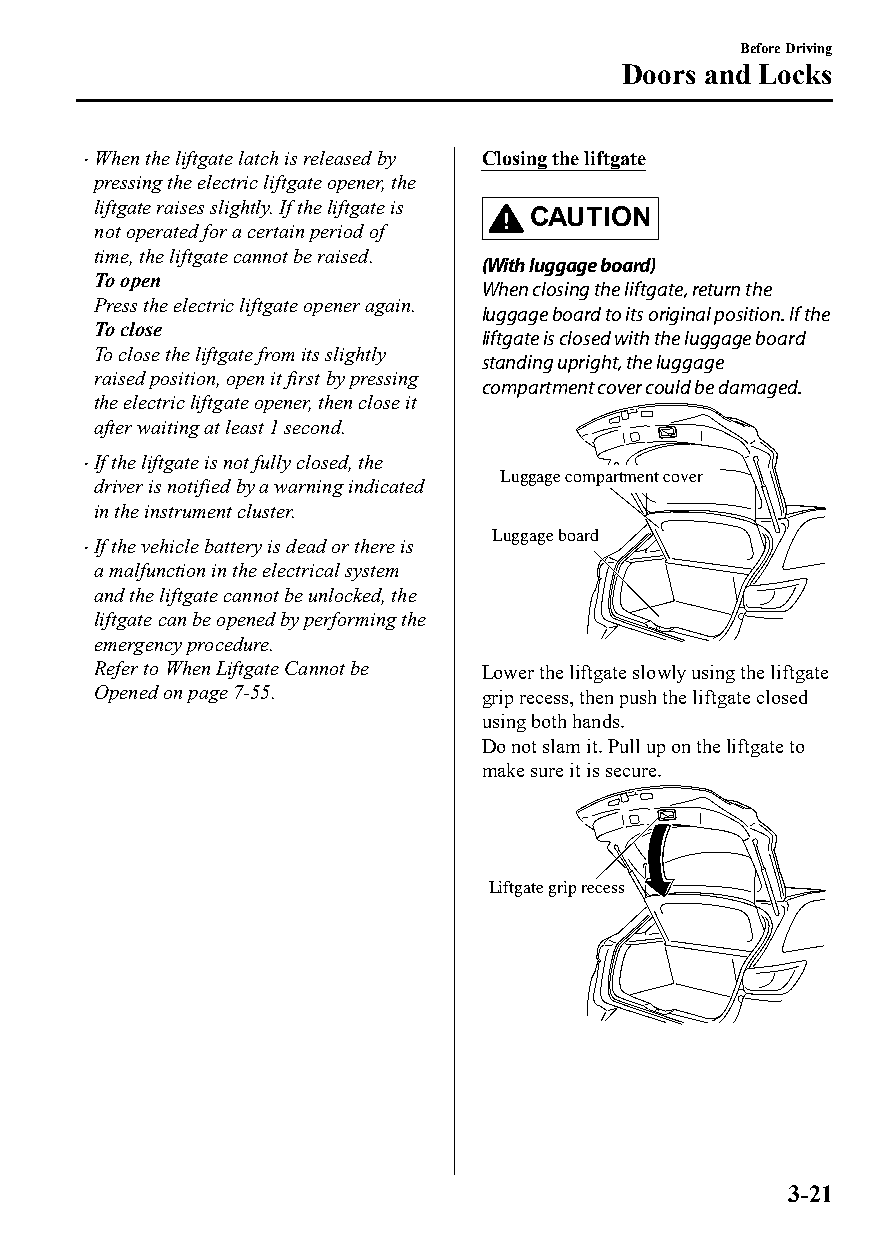
Before Driving
 Doors and Locks
 When the liftgate latch is released by Closing the liftgate
 
 pressing the electric liftgate opener, the
 liftgate raises slightly. If the liftgate is
 CAUTION
 not operated for a certain period of
 time, the liftgate cannot be raised.
 (With luggage board)
 To open
 When closing the liftgate, return the
 Press the electric liftgate opener again.
 luggage board to its original position. If the
 To close
 liftgate is closed with the luggage board
 To close the liftgate from its slightly
 standing upright, the luggage
 raised position, open it first by pressing
 compartment cover could be damaged.
 the electric liftgate opener, then close it
 after waiting at least 1 second.
 If the liftgate is not fully closed, the
 
 Luggage compartment cover
 driver is notified by a warning indicated
 in the instrument cluster.
 Luggage board
 If the vehicle battery is dead or there is
 
 a malfunction in the electrical system
 and the liftgate cannot be unlocked, the
 liftgate can be opened by performing the
 emergency procedure.
 Refer to When Liftgate Cannot be Lower the liftgate slowly using the liftgate
 Opened on page 7-55.      grip recess, then push the liftgate closed
 using both hands.
 Do not slam it. Pull up on the liftgate to
 make sure it is secure.
 Liftgate grip recess
 3-21
 CX-3_8GT4-EE-18D_Edition4                  2018-9-6 18:32:19